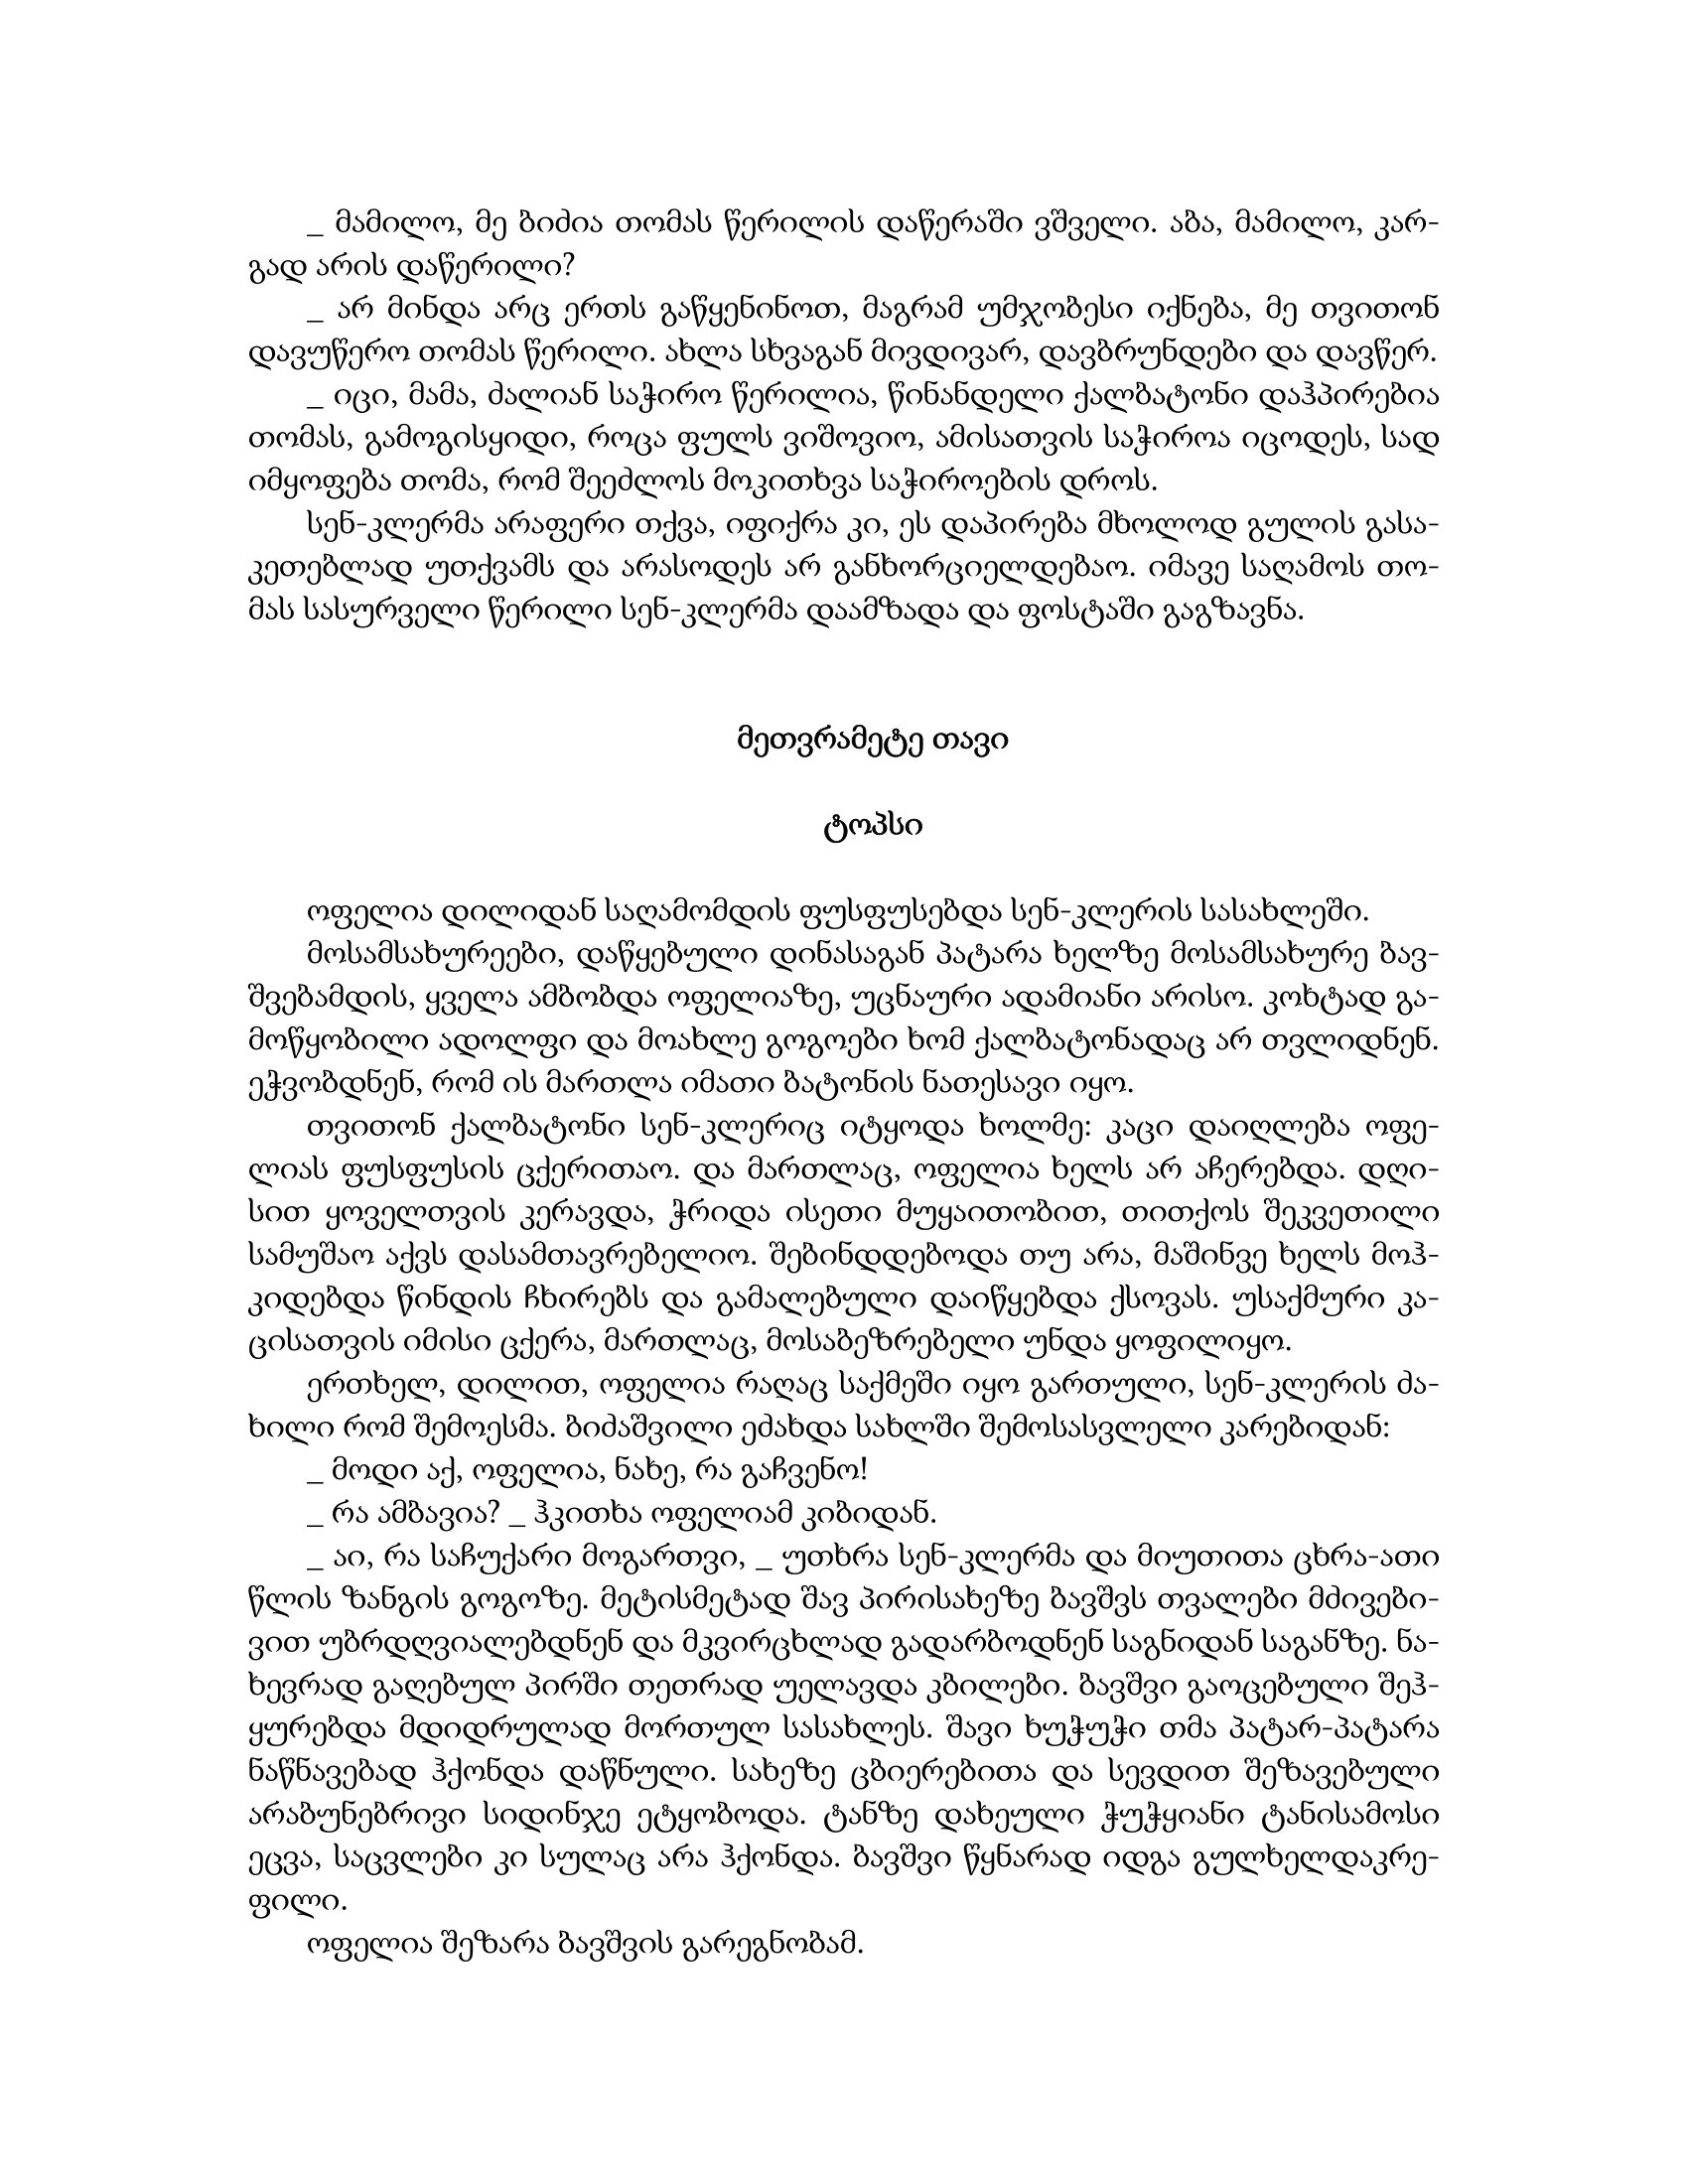
Language: gr